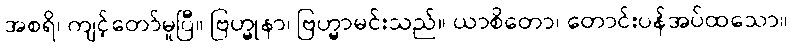
အစရိ၊ ကျင့်တော်မူပြီ။ ဗြဟ္မုနာ၊ ဗြဟ္မာမင်းသည်။ ယာစိတော၊ တောင်းပန်အပ်ထသော။